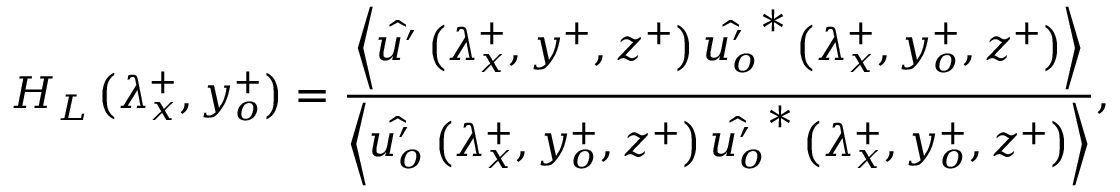
H _ { L } \left( \lambda _ { x } ^ { + } , y _ { o } ^ { + } \right) = \frac { \left\langle \hat { u ^ { \prime } } \left( \lambda _ { x } ^ { + } , y ^ { + } , z ^ { + } \right) \hat { u _ { o } ^ { \prime } } ^ { * } \left( \lambda _ { x } ^ { + } , y _ { o } ^ { + } , z ^ { + } \right) \right\rangle } { \left\langle \hat { u _ { o } ^ { \prime } } \left( \lambda _ { x } ^ { + } , y _ { o } ^ { + } , z ^ { + } \right) \hat { u _ { o } ^ { \prime } } ^ { * } \left( \lambda _ { x } ^ { + } , y _ { o } ^ { + } , z ^ { + } \right) \right\rangle } ,